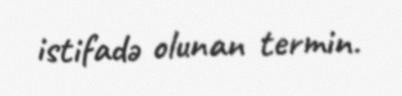
istifadə olunan termin.